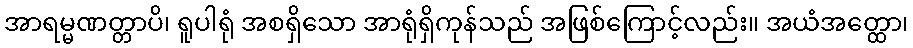
အာရမ္မဏတ္တာပိ၊ ရူပါရုံ အစရှိသော အာရုံရှိကုန်သည် အဖြစ်ကြောင့်လည်း။ အယံအတ္ထော၊